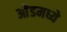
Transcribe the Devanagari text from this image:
ओंडमध्ये